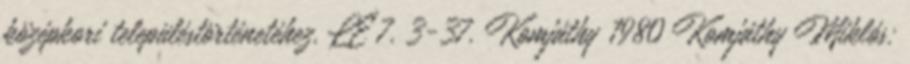
középkori településtörténetéhez. LÉ 7. 3-37. Komjáthy 1980 Komjáthy Miklós: